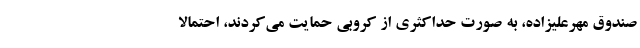
صندوق مهرعلیزاده، به صورت حداکثری از کروبی حمایت می‌کردند، احتمالا